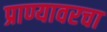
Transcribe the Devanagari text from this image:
प्राण्यावरचा